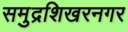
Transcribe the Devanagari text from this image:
समुद्रशिखरनगर